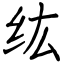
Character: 纮